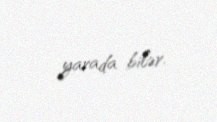
yarada bilər.